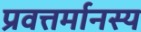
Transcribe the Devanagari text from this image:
प्रवत्तर्मानस्य